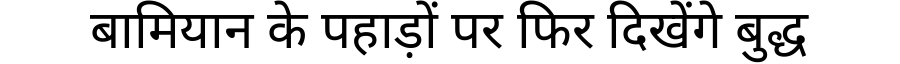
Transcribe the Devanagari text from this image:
बामियान के पहाड़ों पर फिर दिखेंगे बुद्ध